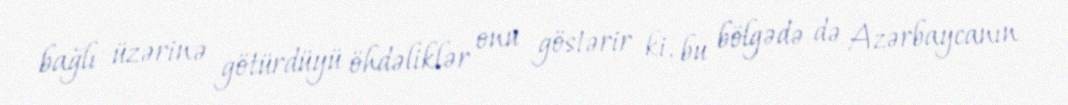
bağlı üzərinə götürdüyü öhdəliklər onu göstərir ki, bu bölgədə də Azərbaycanın